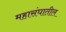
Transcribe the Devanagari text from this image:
महासंघातील